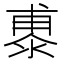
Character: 鿿